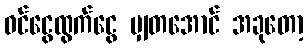
ဝင်ငွေထွက်ငွေ မျှတအောင် အခုတော့